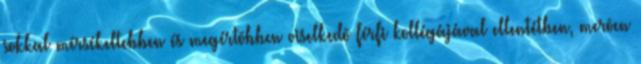
sokkal mérsékeltebben és megértõbben viselkedõ férfi kollégájával ellentétben, merõen